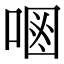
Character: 𠷝